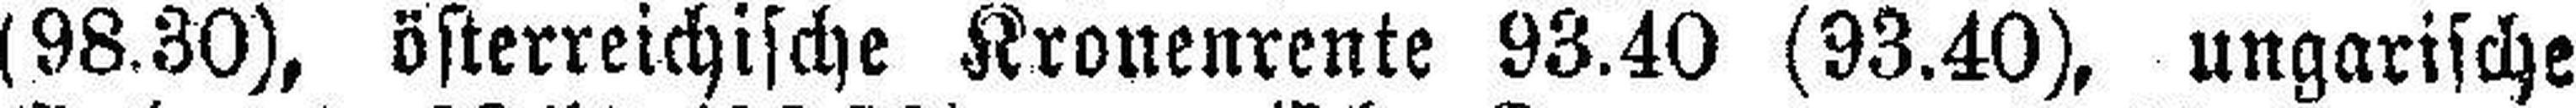
(98.30), österreichische Kronenrente 93.40 (93.40), ungarische